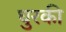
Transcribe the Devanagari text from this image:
घुरकी